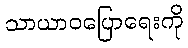
သာယာဝပြောရေးကို